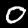
Label: 0